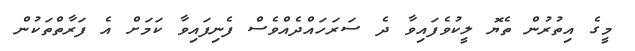
މީގެ އިތުރުން ތެޔޮ ލީކުވެފައިވާ ދެ ސަރަހައްދެއްވެސް ފެނިފައިވާ ކަމަށް އެ ފަރާތްތަކުން